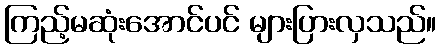
ကြည့်မဆုံးအောင်ပင် များပြားလှသည်။